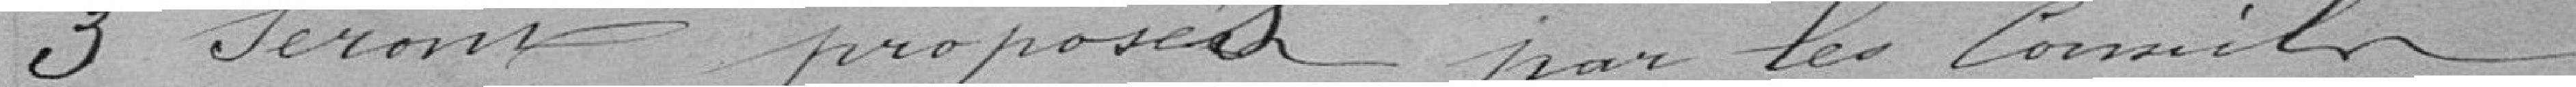
3 , seront proposées par les conseils